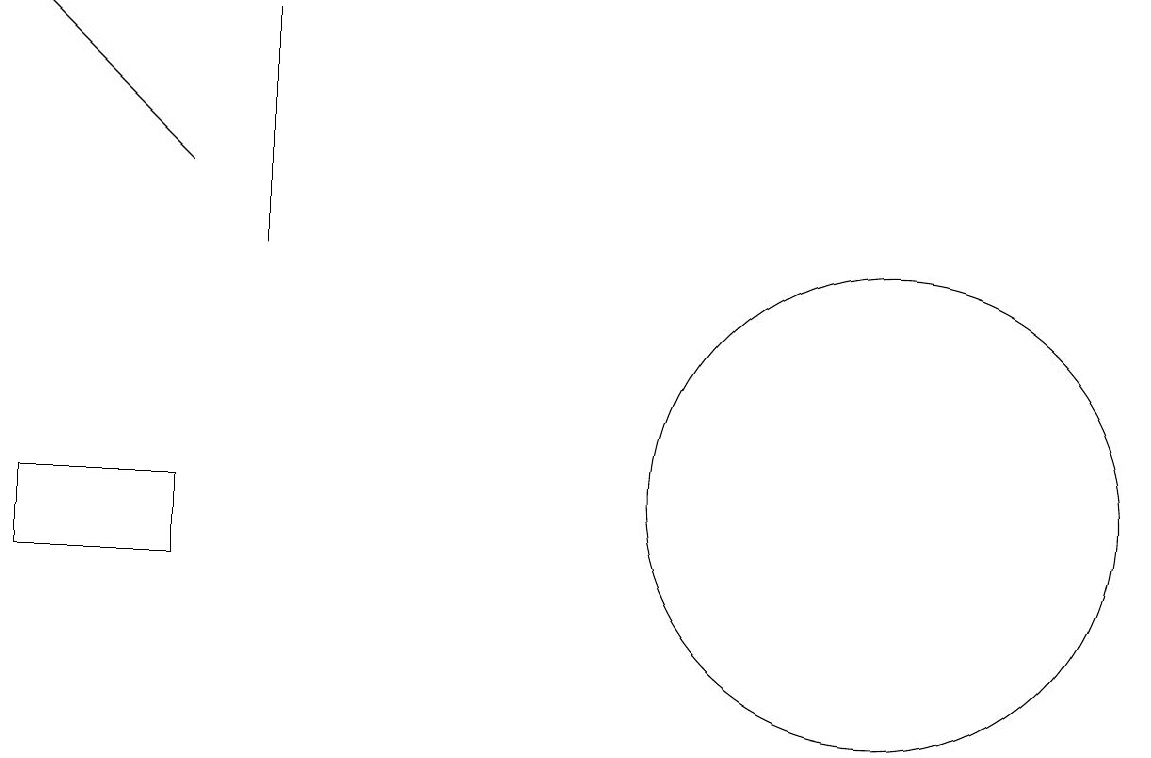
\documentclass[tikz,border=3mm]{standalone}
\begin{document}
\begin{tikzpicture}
\draw[->] (2,15) -- (0,17);
\draw (2,11) rectangle (0,10);
\draw (3,17) rectangle (3,14);
\draw (11,11) circle (3);
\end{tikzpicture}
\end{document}